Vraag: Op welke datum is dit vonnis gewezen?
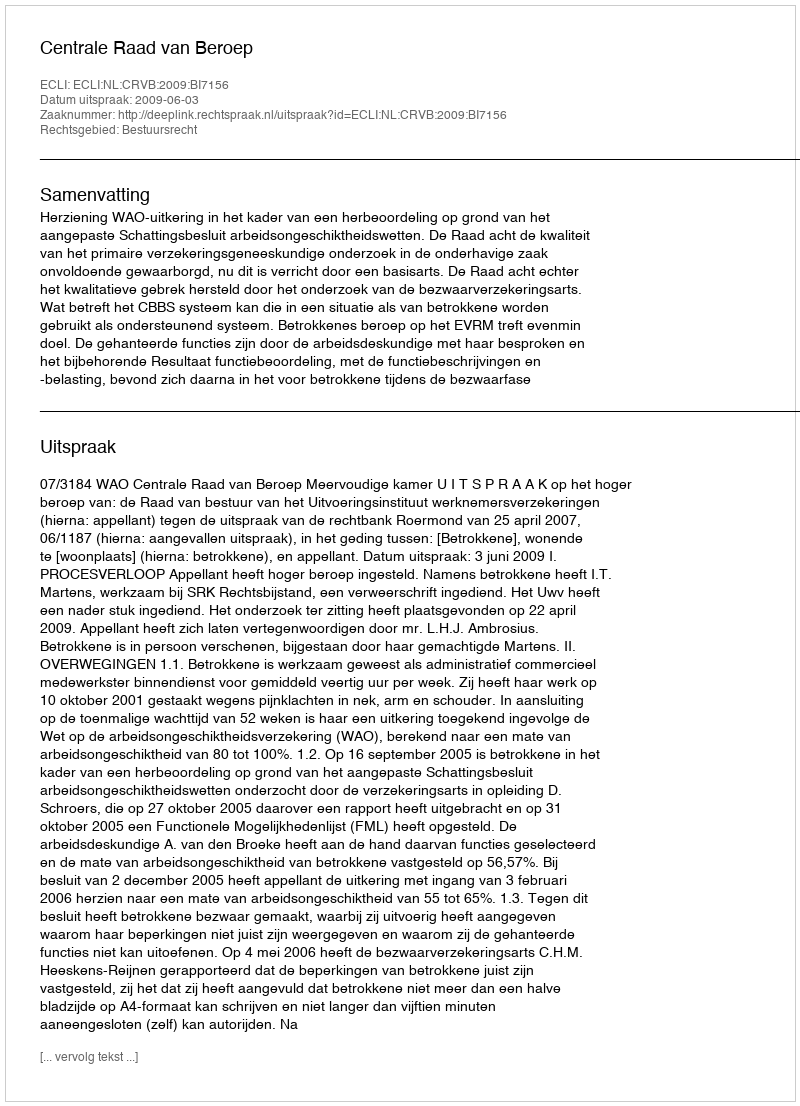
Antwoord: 2009-06-03